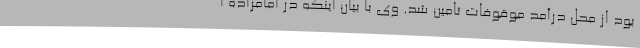
بود از محل درآمد موقوفات تامین شد. وی با بیان اینکه در امامزاده ا